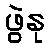
ဖွဲနု